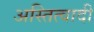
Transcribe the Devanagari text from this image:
अस्तित्वादी